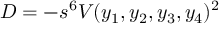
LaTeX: D = - s ^ { 6 } V ( y _ { 1 } , y _ { 2 } , y _ { 3 } , y _ { 4 } ) ^ { 2 }